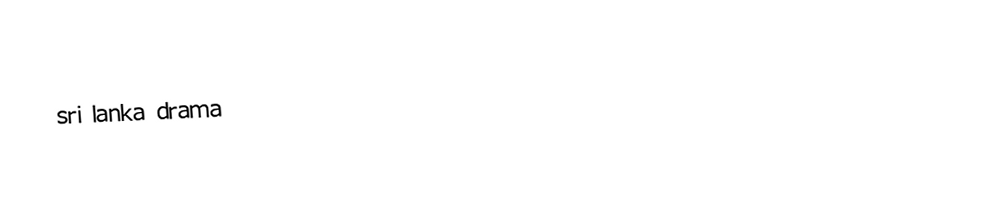
sri lanka drama